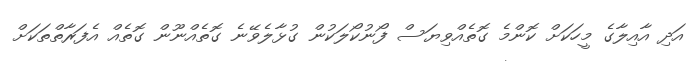
އަދި އާއިލާގެ މީހަކަށް ކޮންމެ ގޮތެއްވިޔަސް ފޯނުކޯލަކުން ގުޅާލެވޭނެ ގޮތެއްނޫން ގޮތެއް އެފަރާތްތަކަށް